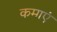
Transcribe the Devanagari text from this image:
कमाएं